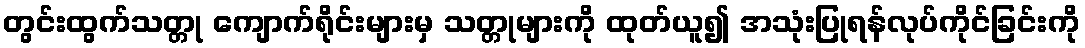
တွင်းထွက်သတ္တု ကျောက်ရိုင်းများမှ သတ္တုများကို ထုတ်ယူ၍ အသုံးပြုရန်လုပ်ကိုင်ခြင်းကို